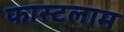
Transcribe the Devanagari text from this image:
फास्टलाम